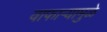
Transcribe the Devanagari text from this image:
वाफाऱ्यामुळे